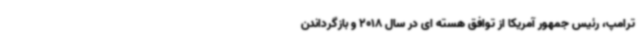
ترامپ، رئیس جمهور آمریکا از توافق هسته ای در سال 2018 و بازگرداندن